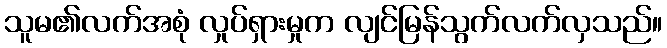
သူမ၏လက်အစုံ လှုပ်ရှားမှုက လျင်မြန်သွက်လက်လှသည်။